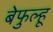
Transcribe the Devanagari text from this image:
बेफुल्हू